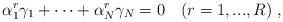
LaTeX: \begin{align*}\alpha_1^r \gamma_1 + \dots + \alpha_N^r \gamma_N = 0\quad(r=1,...,R)\; ,\end{align*}